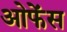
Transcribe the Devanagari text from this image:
ओफेंस